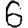
Digit: 6